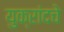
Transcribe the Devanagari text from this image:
युक्रांदचे